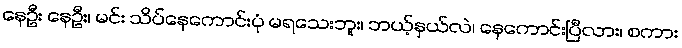
နေဦး နေဦး၊ မင်း သိပ်နေကောင်းပုံ မရသေးဘူး၊ ဘယ့်နှယ်လဲ၊ နေကောင်းပြီလား၊ စကား